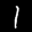
Label: 1